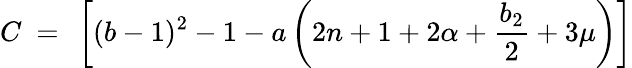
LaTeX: C\ =\ \left[(b-1)^{2}-1-a\left(2n+1+2\alpha+\frac{b_{2}}{2}+3\mu\right)\right]